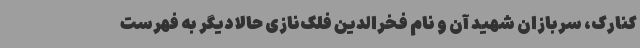
کنارک، سربازان شهید آن و نام فخر‌الدین فلک‌نازی حالا دیگر به فهرست